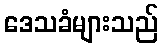
ဒေသခံများသည်